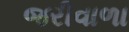
જરીવાળા